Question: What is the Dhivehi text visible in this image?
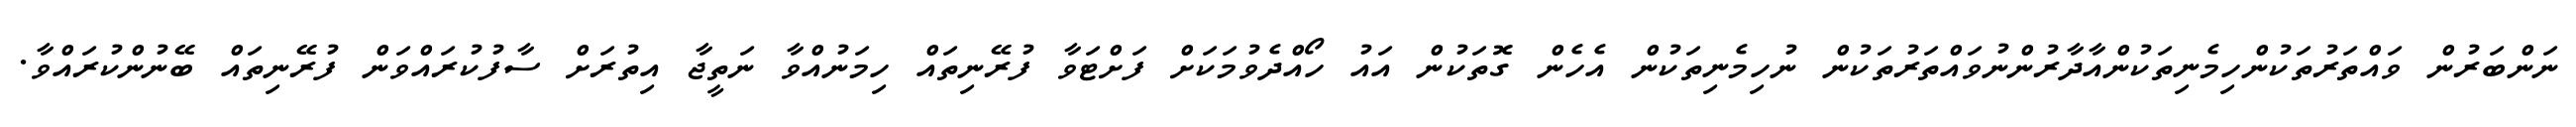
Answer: ނަންބަރުން ވައްތަރުތަކުންހިމެނިތަކުންއާދާރުންނުވައްތަރުތަކުން ނުހިމެނިތަކުން އެހެން ގޮތަކުން އައު ހޯއްދެވުމަކަށް ފަށްޓަވާ ފުރޭނިތައް ހިމަނުއްވާ ނަތީޖާ އިތުރަށް ސާފުކުރައްވަން ފުރޭނިތައް ބޭނުންކުރައްވާ.